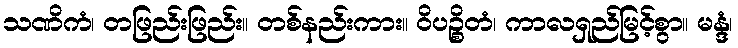
သဏိကံ၊ တဖြည်းဖြည်း။ တစ်နည်းကား။ ဝိပဉ္စိတံ၊ ကာလရှည်မြင့်စွာ။ မန္ဒံ၊